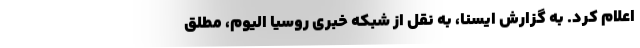
اعلام کرد. به گزارش ایسنا، به نقل از شبکه خبری روسیا الیوم، مطلق